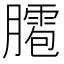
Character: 𦡕